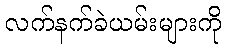
လက်နက်ခဲယမ်းများကို